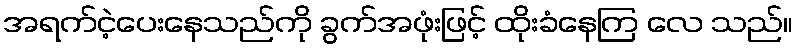
အရက်ငဲ့ပေးနေသည်ကို ခွက်အဖုံးဖြင့် ထိုးခံနေကြ လေ သည်။